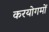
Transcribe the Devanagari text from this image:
करयोगमों